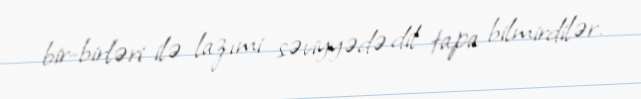
bir-birləri ilə lazımi səviyyədə dil tapa bilmirdilər.